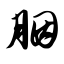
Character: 胭